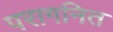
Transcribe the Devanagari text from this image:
परागनित